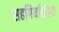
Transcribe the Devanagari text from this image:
सहगिर्यारोहक